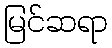
မြင်ဆရာ